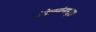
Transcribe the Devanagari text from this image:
संमेलनांनासुद्धा